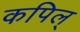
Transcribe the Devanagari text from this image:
कपिल्